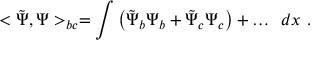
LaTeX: < \tilde { \Psi } , \Psi > _ { b c } = \int { \left( \tilde { \Psi } _ { b } \Psi _ { b } + \tilde { \Psi } _ { c } \Psi _ { c } \right) + \dots } \ \ d x \ .